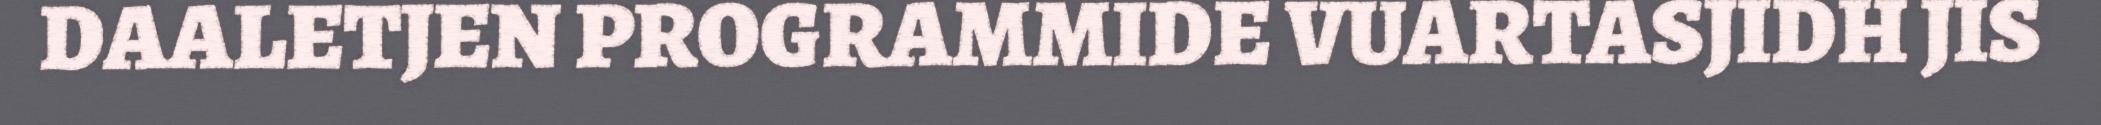
DAALETJEN PROGRAMMIDE VUARTASJIDH JIS